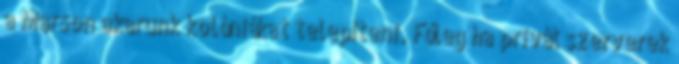
a Marson akarunk kolóniákat telepíteni. Főleg ha privát szerverek